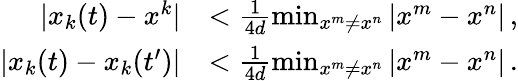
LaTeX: \begin{array}{rl}{|x_{k}(t)-x^{k}|}&{<\frac{1}{4d}\operatorname*{min}_{x^{m}\neq x^{n}}|x^{m}-x^{n}|\, ,}\\ {|x_{k}(t)-x_{k}(t^{\prime})|}&{<\frac{1}{4d}\operatorname*{min}_{x^{m}\neq x^{n}}|x^{m}-x^{n}|\, .}\end{array}